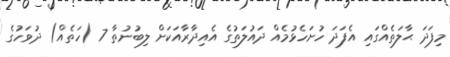
މިފަދަ ޙާލަތެއްގައި އެފަދަ ހުށަހެޅުމެއް ދައުލަތުގެ އެއިދާރާއަކަށް ލިބުނުތާ 7 (ހަތެއް) ދުވަހުގެ